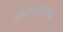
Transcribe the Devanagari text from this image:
प्रकाशतरंगांवर